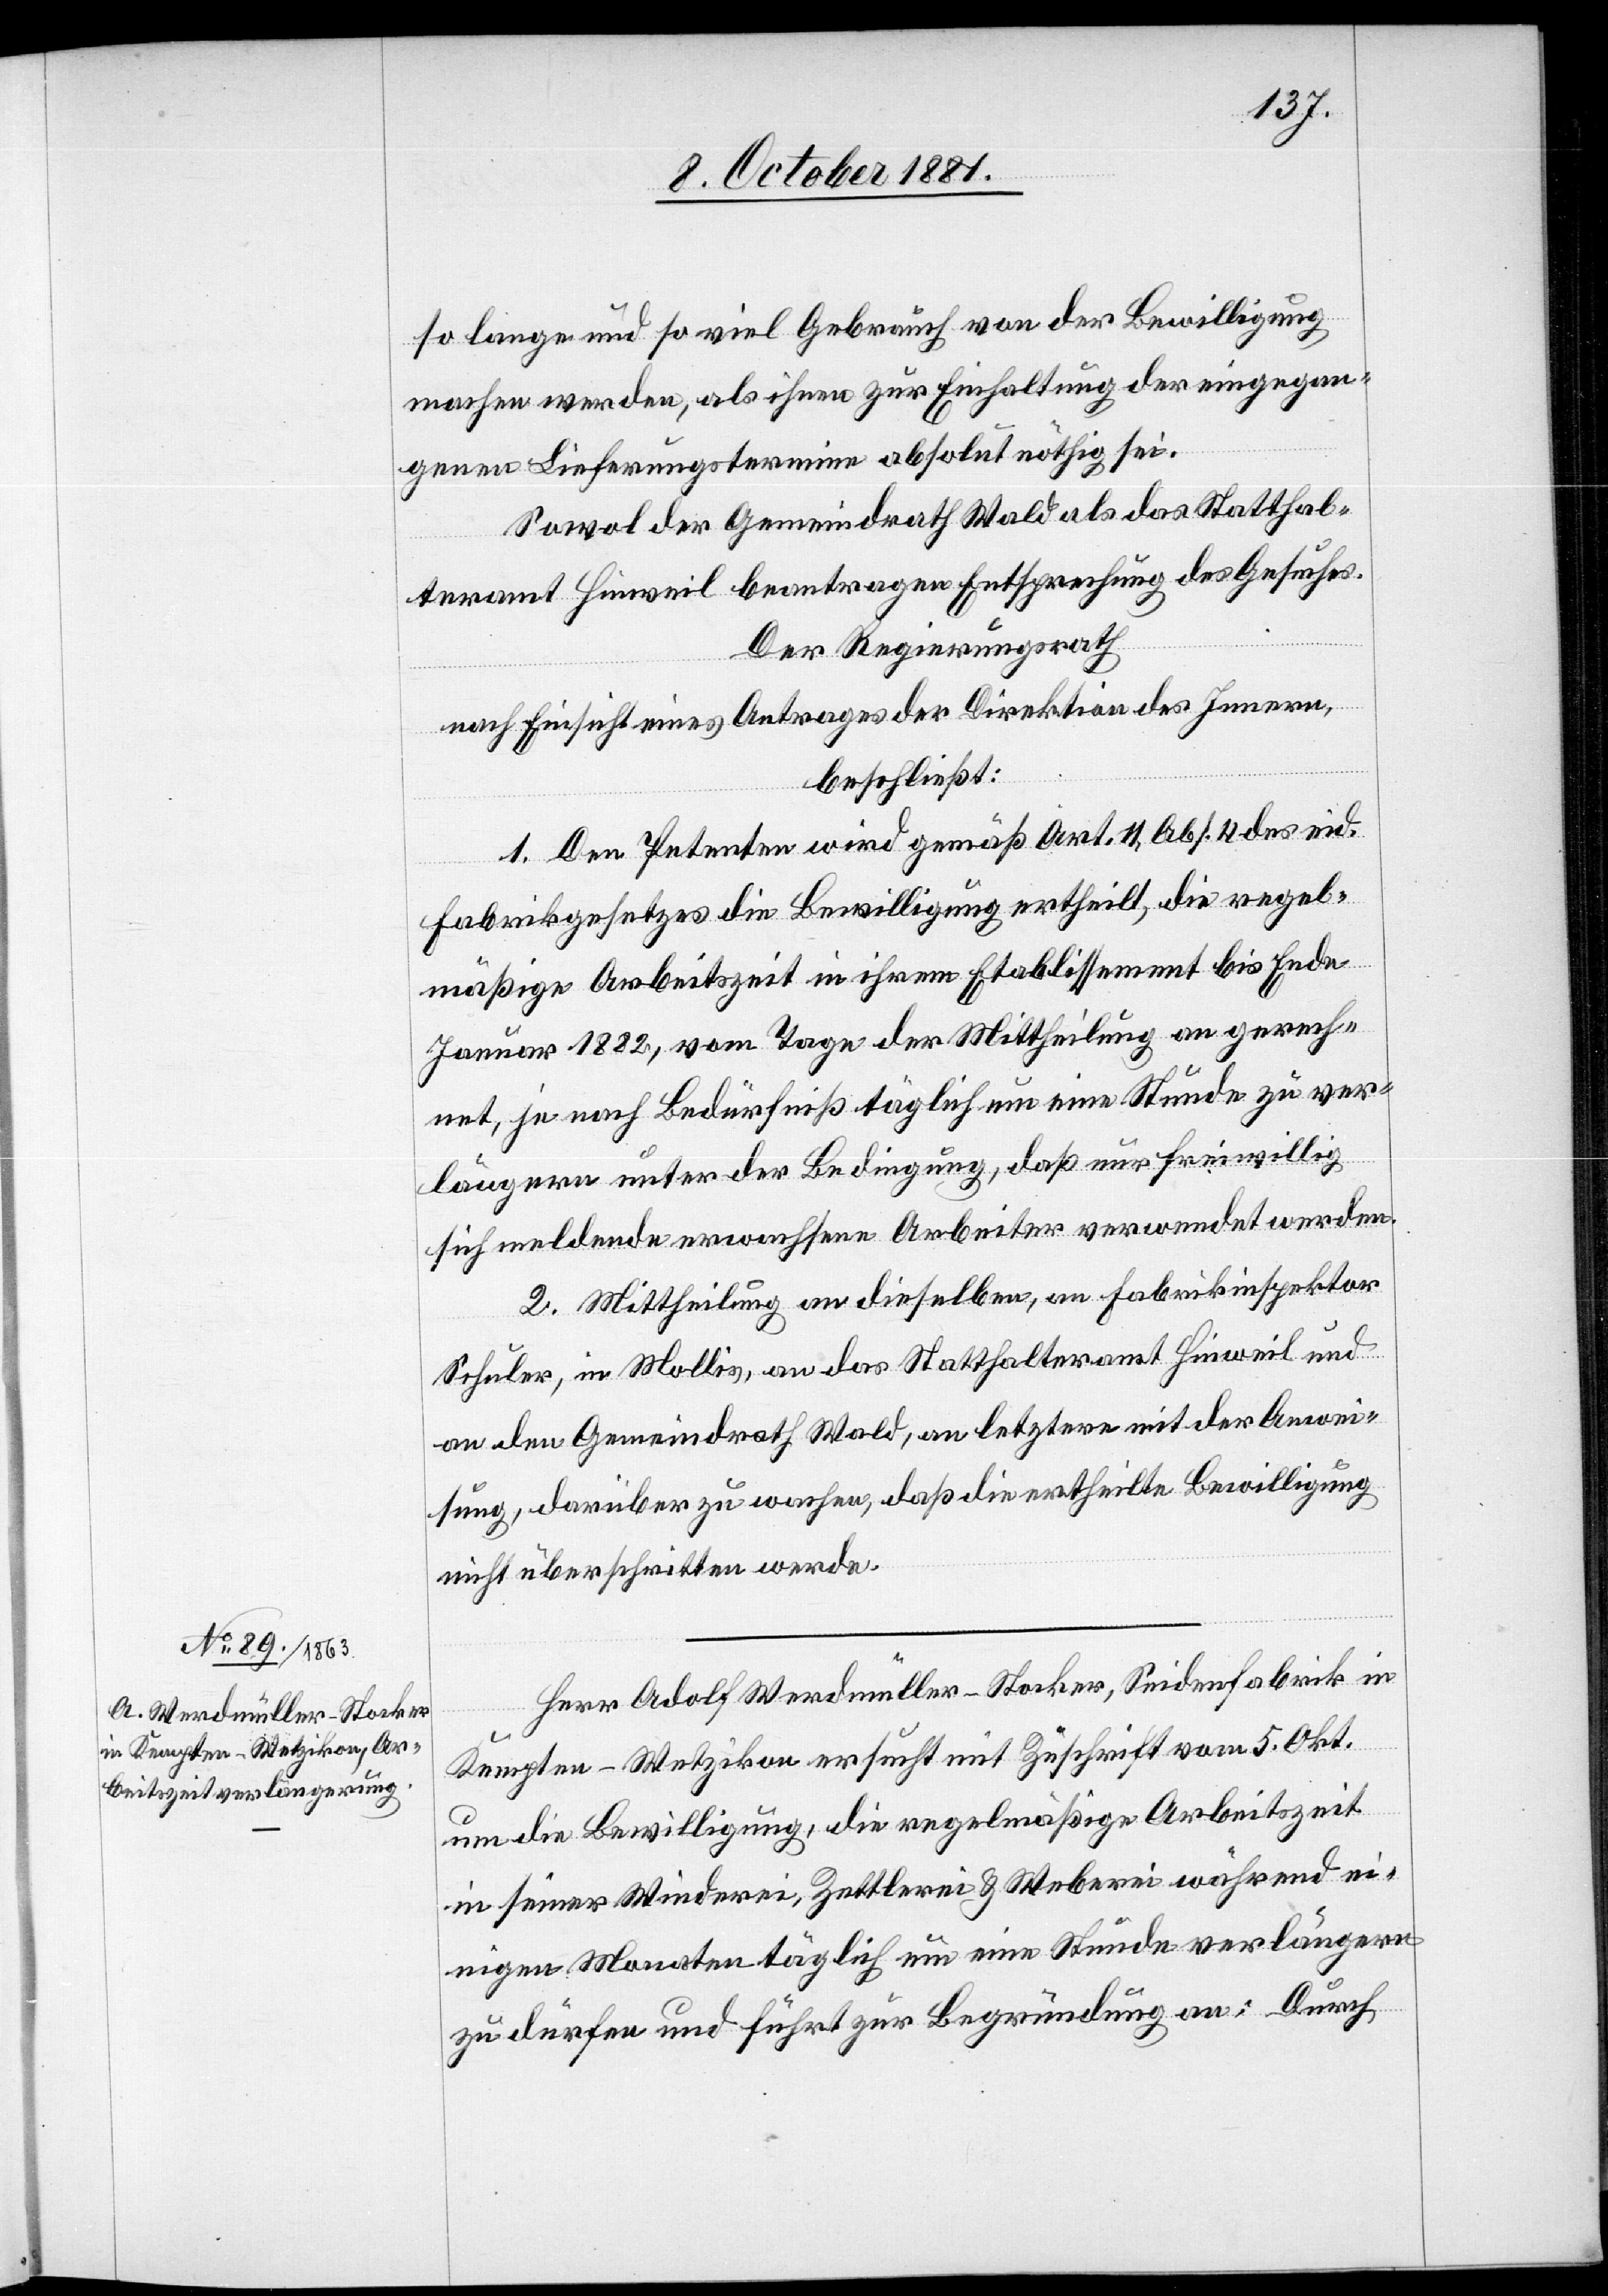
14. October 1881.]
so lange und so viel Gebrauch von der Bewilligung
machen werden, als ihnen zur Einhaltung der eingegan¬
genen Lieferungstermine absolut nöthig sei.
Sowol der Gemeindrath Wald als das Statthal¬
teramt Hinweil beantragen Entsprechung des Gesuches.
Der Regierungsrath
nach Einsicht eines Antrages der Direktion des Innern,
beschließt:
1. Den Petenten wird gemäß Art. 11, Abs. 4 des eid.
Fabrikgesetzes die Bewilligung ertheilt, die regel¬
mäßige Arbeitszeit in ihrem Etablissement bis Ende
Januar 1882, vom Tage der Mittheilung an gerech¬
net, je nach Bedürfniß täglich um eine Stunde zu ver¬
längern unter der Bedingung, daß nur freiwillig
sich meldende erwachsene Arbeiter verwendet werden.
2. Mittheilung an dieselben, an Fabrikinspektor
Schuler, in Mollis, an das Statthalteramt Hinweil und
an den Gemeindrath Wald, an letztern mit der Anwei¬
sung, darüber zu wachen, daß die ertheilte Bewilligung
nicht überschritten werde.
Herr Adolf Werdmüller-Stocker, Seidenfabrik in
Kempten - Wetzikon ersucht mit Zuschrift vom 5. Okt.
um die Bewilligung, die regelmäßige Arbeitszeit
in seiner Winderei, Zettlerei & Weberei während ei¬
nigen Monaten täglich um eine Stunde verlängern
zu dürfen und führt zur Begründung an: Durch